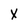
Character: x